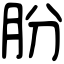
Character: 朌